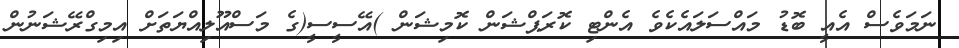
ނަމަވެސް އެއީ ބޮޑު މައްސަލައެކެވެ އެންޓި ކޮރަޕްޝަން ކޮމިޝަން )އޭސީސީ(ގެ މަސްއޫލިއްޔަތަށް އިމިގްރޭޝަނުން